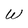
Character: W